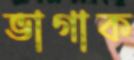
ভাগাক